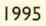
1995